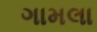
ગામલા